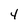
Character: 4